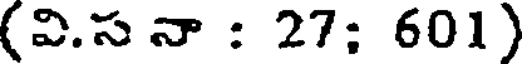
(వి.స నా : 27: 601)